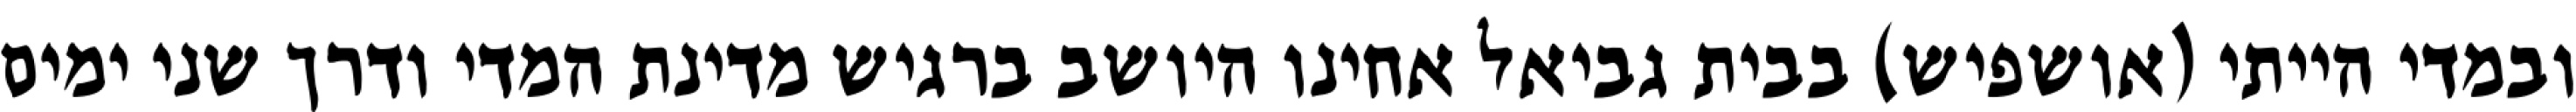
ובמדי הייתי (אושפיש) בבית גביאל אחינו היושב ברגיש מדינת המדי ודרך שני ימים